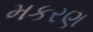
મકરણ